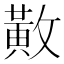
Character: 𫿍